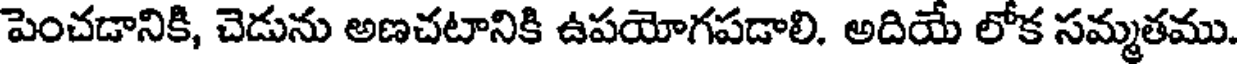
పెంచడానికి, చెడును అణచటానికి ఉపయోగపడాలి. అదియే లోక సమ్మతము.